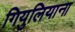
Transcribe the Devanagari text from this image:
गियुलियाना